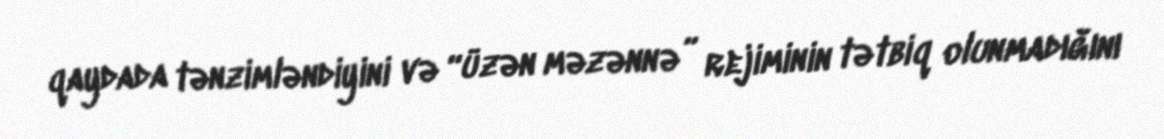
qaydada tənzimləndiyini və “üzən məzənnə” rejiminin tətbiq olunmadığını